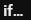
if ...